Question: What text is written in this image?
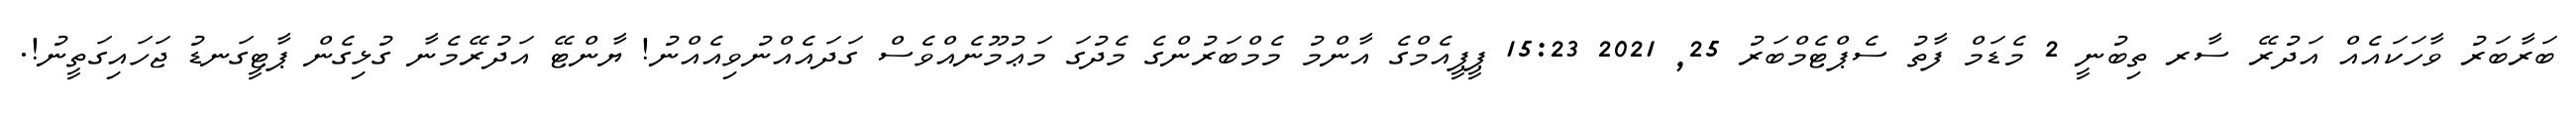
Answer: ބަރާބަރު ވާހަކައެއް އަދުރޭ ސާރ ތިބުނީ 2 މެޑަމް ފާތު ސެޕްޓެމްބަރު 25, 2021 15:23 ޕީޕީއެމްގެ އާންމު މެމްބަރުންގެ މެދުގަ މަޢުމޫނެއްވެސް ގަދައެއްނުވިއެއްނު! ޔާންޓޭ އަދުރޭމެނާ ގުޅިގެން ޕާޓީގަނޑު ޖަހައިގަތީނު!.